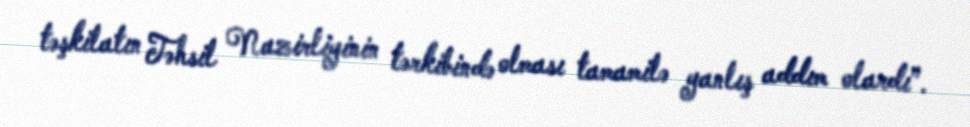
təşkilatın Təhsil Nazirliyinin tərkibində olması tamamilə yanlış addım olardı”.